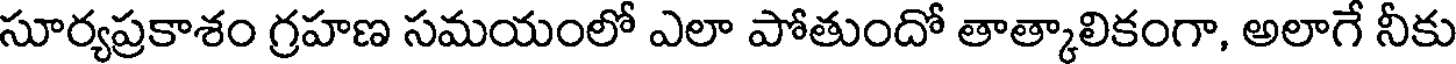
సూర్యప్రకాశం గ్రహణ సమయంలో ఎలా పోతుందో తాత్కాలికంగా, అలాగే నీకు